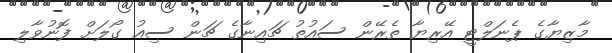
މާޒިޔާގެ ޕެނަލްޓީ އޭރިޔާ ތެރޭން ސައުތު ޗައިނާގެ ޗަން ސިއު ގޯލަށް ފޮނުވާލި